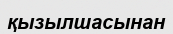
қызылшасынан